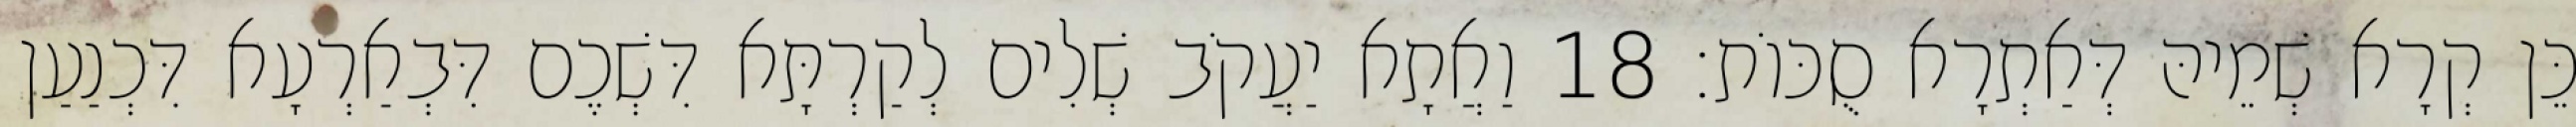
כֵּן קְרָא שְׁמֵיהּ דְּאַתְרָא סֻכּוֹת׃ 18 וַאֲתָא יַעֲקֹב שְׁלִים לְקַרְתָּא דִּשְׁכֶם דִּבְאַרְעָא דִּכְנַעַן